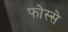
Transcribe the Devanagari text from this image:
फोस्से